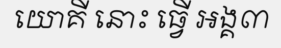
យោគី នោះ ធ្វើ អង្គ៣